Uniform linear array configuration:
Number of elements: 12
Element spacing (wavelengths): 0.5
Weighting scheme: hamming
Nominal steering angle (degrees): -30
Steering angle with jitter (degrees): -30.404
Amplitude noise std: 0.05
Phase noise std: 0.05

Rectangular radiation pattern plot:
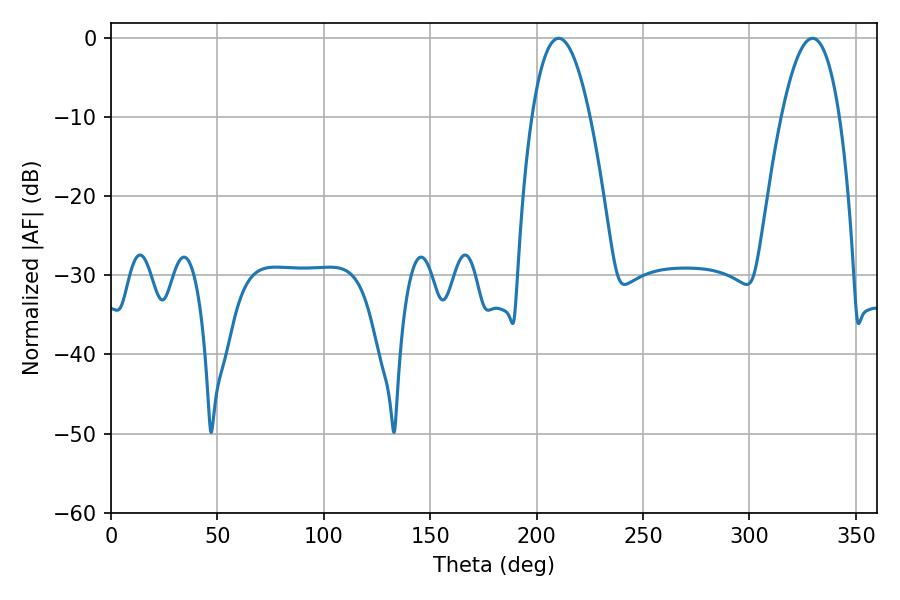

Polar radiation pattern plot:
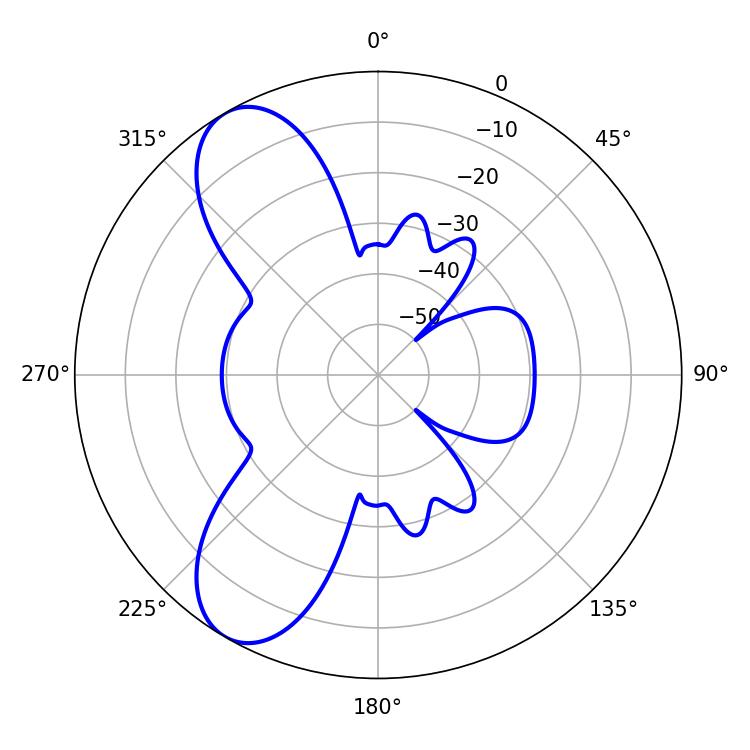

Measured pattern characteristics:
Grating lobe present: FALSE
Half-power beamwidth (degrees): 14.94
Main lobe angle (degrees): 210.42